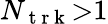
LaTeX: N_{\mathrm{~t~r~k~}}{>}1